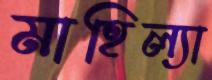
মাহিল্যা